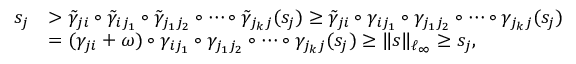
\begin{array} { r l } { s _ { j } } & { > \tilde { \gamma } _ { j i } \circ \tilde { \gamma } _ { i j _ { 1 } } \circ \tilde { \gamma } _ { j _ { 1 } j _ { 2 } } \circ \cdots \circ \tilde { \gamma } _ { j _ { k } j } ( s _ { j } ) \geq \tilde { \gamma } _ { j i } \circ \gamma _ { i j _ { 1 } } \circ \gamma _ { j _ { 1 } j _ { 2 } } \circ \cdots \circ \gamma _ { j _ { k } j } ( s _ { j } ) } \\ & { = ( \gamma _ { j i } + \omega ) \circ \gamma _ { i j _ { 1 } } \circ \gamma _ { j _ { 1 } j _ { 2 } } \circ \cdots \circ \gamma _ { j _ { k } j } ( s _ { j } ) \geq \| s \| _ { \ell _ { \infty } } \geq s _ { j } , } \end{array}